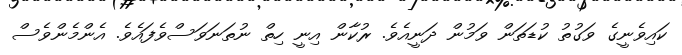
ކައިވެނީގެ ވަގުތު ކުޑަތަން ވަމުން ދަނީއެވެ. ރުކާން އިނީ ހިތް ނުތަނަވަސްވެފައެވެ. އެންމެންވެސް